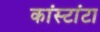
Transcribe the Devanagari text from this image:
कांस्टांटा